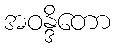
အဝန္ဒိတော